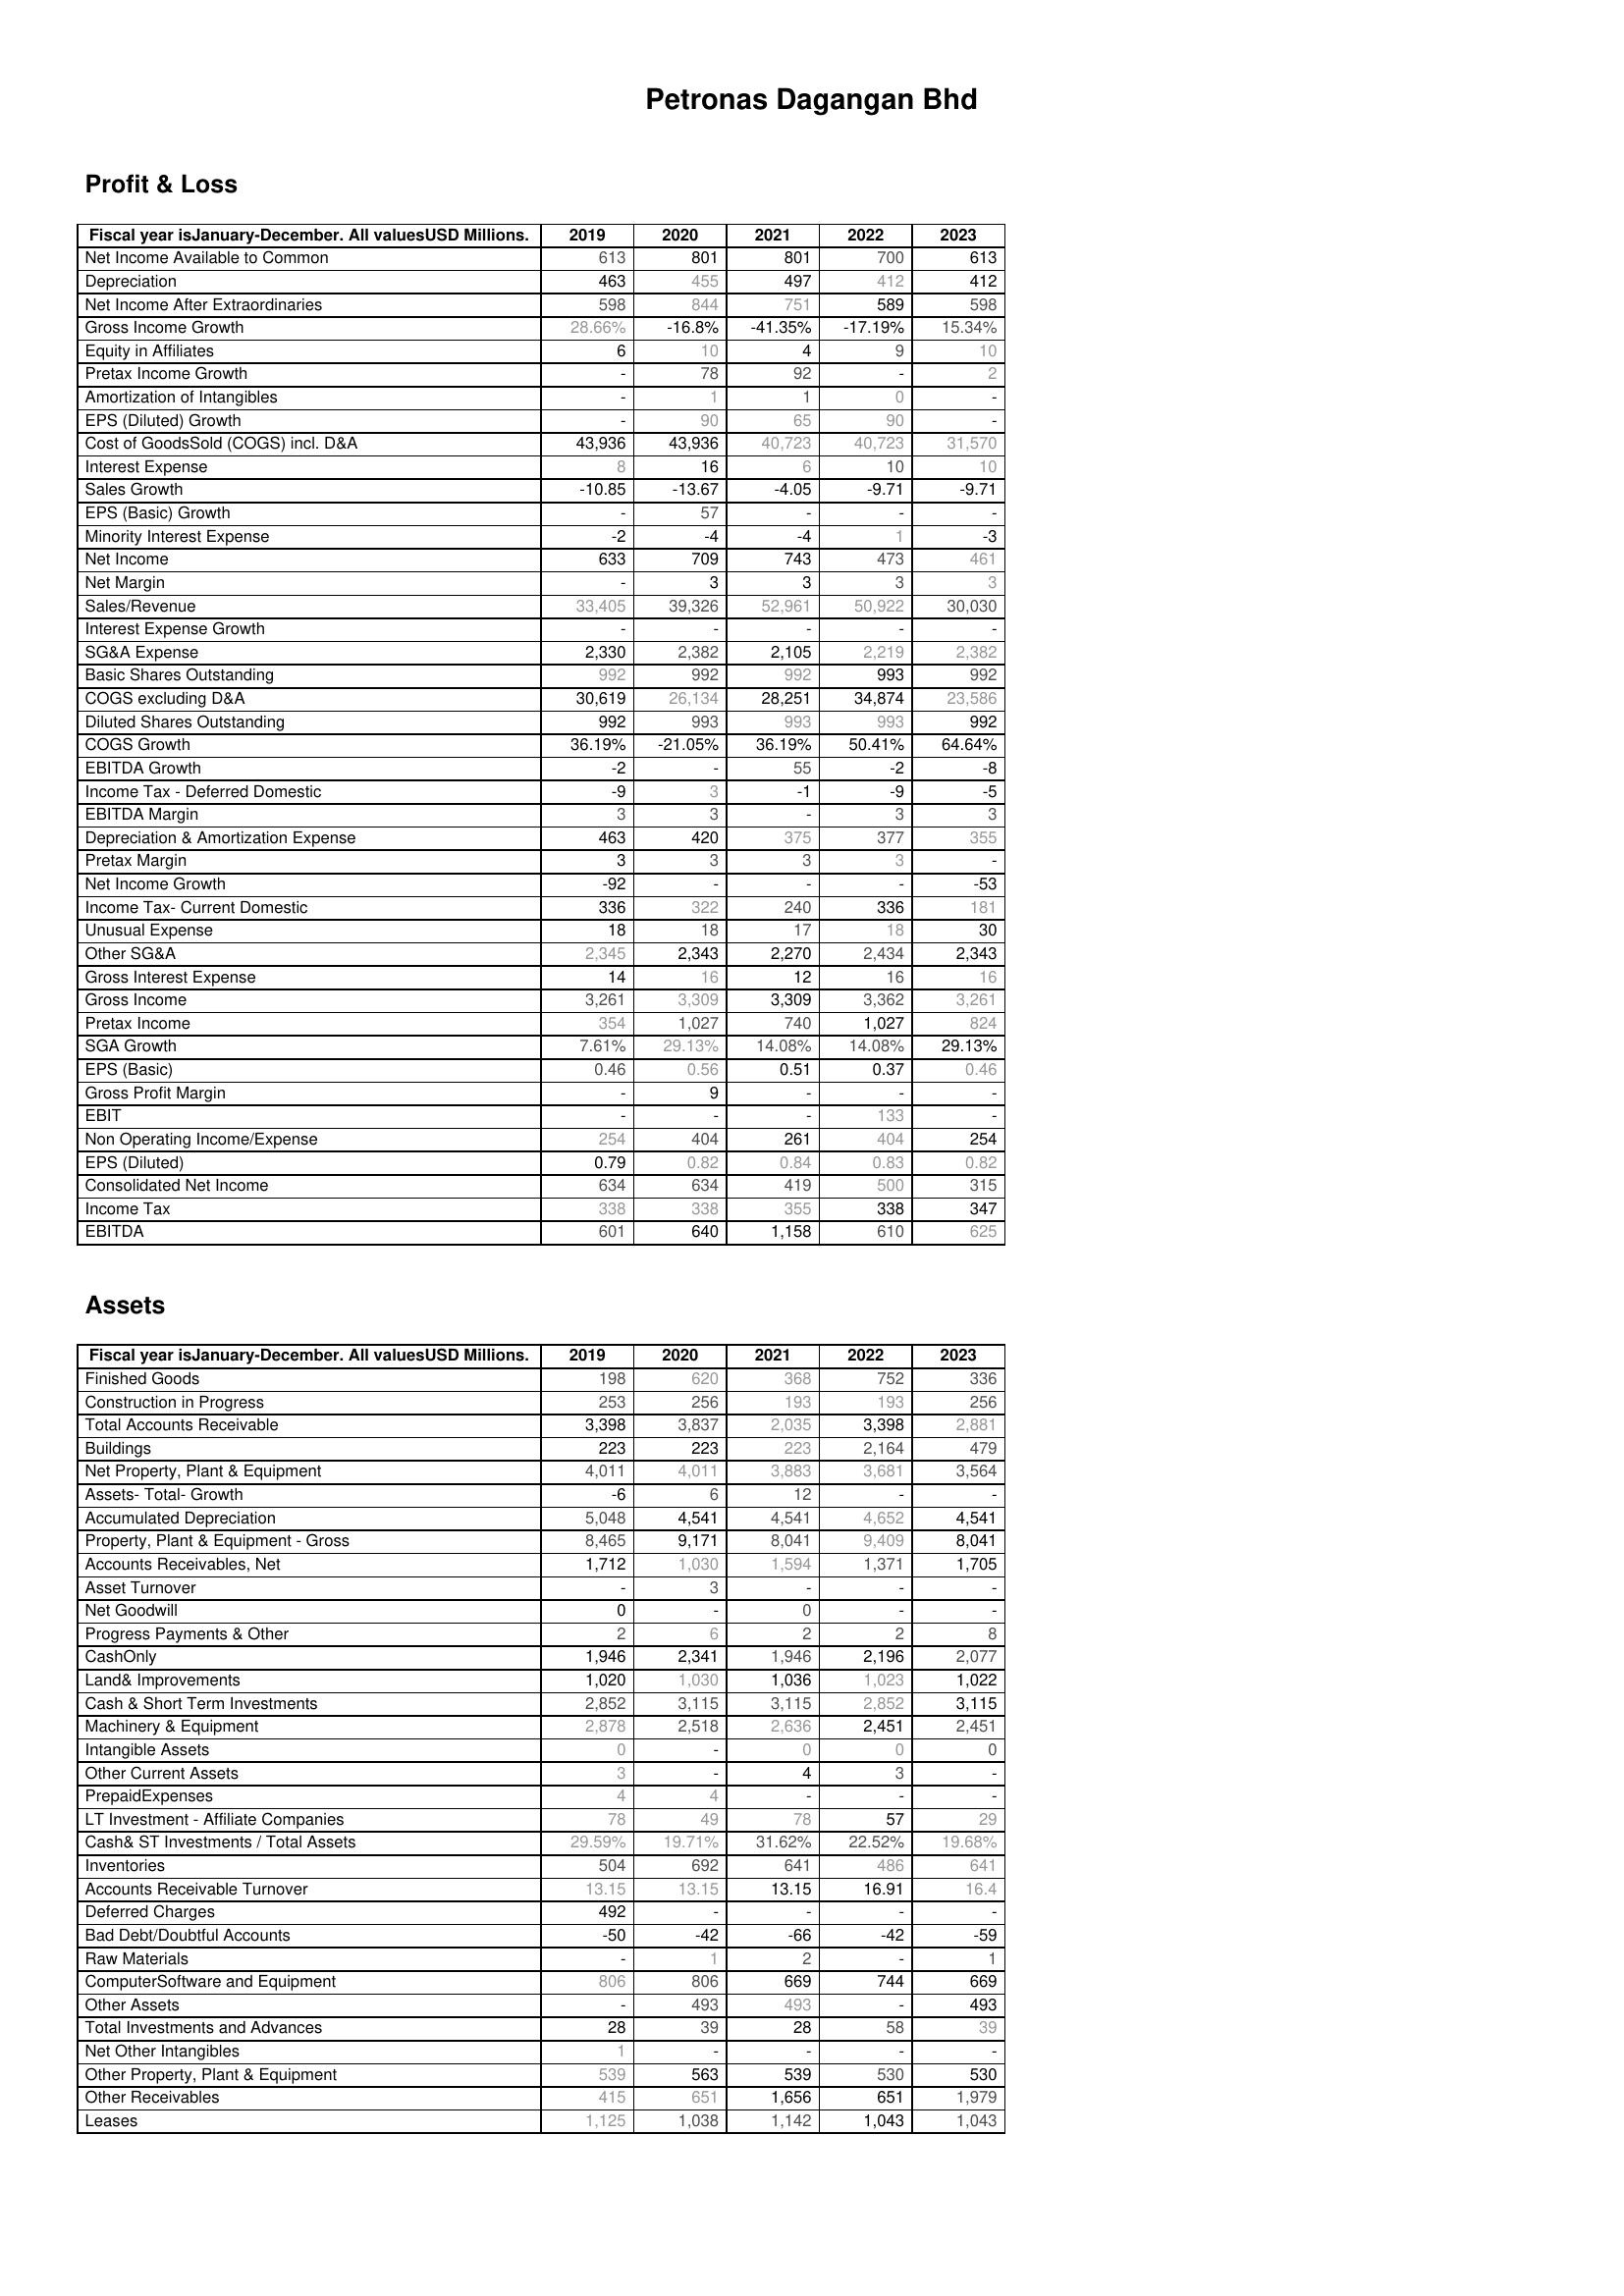
2019: Profit & Loss: Net Income Available to Common: 613
Depreciation: 463
Net Income After Extraordinaries: 598
Gross Income Growth: 28.66%
Equity in Affiliates: 6
Pretax Income Growth: -
Amortization of Intangibles: -
EPS (Diluted) Growth: -
Cost of GoodsSold (COGS) incl. D&A: 43,936
Interest Expense: 8
Sales Growth: -10.85
EPS (Basic) Growth: -
Minority Interest Expense: -2
Net Income: 633
Net Margin: -
Sales/Revenue: 33,405
Interest Expense Growth: -
SG&A Expense: 2,330
Basic Shares Outstanding: 992
COGS excluding D&A: 30,619
Diluted Shares Outstanding: 992
COGS Growth: 36.19%
EBITDA Growth: -2
Income Tax - Deferred Domestic: -9
EBITDA Margin: 3
Depreciation & Amortization Expense: 463
Pretax Margin: 3
Net Income Growth: -92
Income Tax- Current Domestic: 336
Unusual Expense: 18
Other SG&A: 2,345
Gross Interest Expense: 14
Gross Income: 3,261
Pretax Income: 354
SGA Growth: 7.61%
EPS (Basic): 0.46
Gross Profit Margin: -
EBIT: -
Non Operating Income/Expense: 254
EPS (Diluted): 0.79
Consolidated Net Income: 634
Income Tax: 338
EBITDA: 601
Assets: Finished Goods: 198
Construction in Progress: 253
Total Accounts Receivable: 3,398
Buildings: 223
Net Property, Plant & Equipment: 4,011
Assets- Total- Growth: -6
Accumulated Depreciation: 5,048
Property, Plant & Equipment - Gross : 8,465
Accounts Receivables, Net: 1,712
Asset Turnover: -
Net Goodwill: 0
Progress Payments & Other: 2
CashOnly: 1,946
Land& Improvements: 1,020
Cash & Short Term Investments: 2,852
Machinery & Equipment: 2,878
Intangible Assets: 0
Other Current Assets: 3
PrepaidExpenses: 4
LT Investment - Affiliate Companies: 78
Cash& ST Investments / Total Assets: 29.59%
Inventories: 504
Accounts Receivable Turnover: 13.15
Deferred Charges: 492
Bad Debt/Doubtful Accounts: -50
Raw Materials: -
ComputerSoftware and Equipment: 806
Other Assets: -
Total Investments and Advances: 28
Net Other Intangibles: 1
Other Property, Plant & Equipment: 539
Other Receivables: 415
Leases: 1,125
2020: Profit & Loss: Net Income Available to Common: 801
Depreciation: 455
Net Income After Extraordinaries: 844
Gross Income Growth: -16.8%
Equity in Affiliates: 10
Pretax Income Growth: 78
Amortization of Intangibles: 1
EPS (Diluted) Growth: 90
Cost of GoodsSold (COGS) incl. D&A: 43,936
Interest Expense: 16
Sales Growth: -13.67
EPS (Basic) Growth: 57
Minority Interest Expense: -4
Net Income: 709
Net Margin: 3
Sales/Revenue: 39,326
Interest Expense Growth: -
SG&A Expense: 2,382
Basic Shares Outstanding: 992
COGS excluding D&A: 26,134
Diluted Shares Outstanding: 993
COGS Growth: -21.05%
EBITDA Growth: -
Income Tax - Deferred Domestic: 3
EBITDA Margin: 3
Depreciation & Amortization Expense: 420
Pretax Margin: 3
Net Income Growth: -
Income Tax- Current Domestic: 322
Unusual Expense: 18
Other SG&A: 2,343
Gross Interest Expense: 16
Gross Income: 3,309
Pretax Income: 1,027
SGA Growth: 29.13%
EPS (Basic): 0.56
Gross Profit Margin: 9
EBIT: -
Non Operating Income/Expense: 404
EPS (Diluted): 0.82
Consolidated Net Income: 634
Income Tax: 338
EBITDA: 640
Assets: Finished Goods: 620
Construction in Progress: 256
Total Accounts Receivable: 3,837
Buildings: 223
Net Property, Plant & Equipment: 4,011
Assets- Total- Growth: 6
Accumulated Depreciation: 4,541
Property, Plant & Equipment - Gross : 9,171
Accounts Receivables, Net: 1,030
Asset Turnover: 3
Net Goodwill: -
Progress Payments & Other: 6
CashOnly: 2,341
Land& Improvements: 1,030
Cash & Short Term Investments: 3,115
Machinery & Equipment: 2,518
Intangible Assets: -
Other Current Assets: -
PrepaidExpenses: 4
LT Investment - Affiliate Companies: 49
Cash& ST Investments / Total Assets: 19.71%
Inventories: 692
Accounts Receivable Turnover: 13.15
Deferred Charges: -
Bad Debt/Doubtful Accounts: -42
Raw Materials: 1
ComputerSoftware and Equipment: 806
Other Assets: 493
Total Investments and Advances: 39
Net Other Intangibles: -
Other Property, Plant & Equipment: 563
Other Receivables: 651
Leases: 1,038
2021: Profit & Loss: Net Income Available to Common: 801
Depreciation: 497
Net Income After Extraordinaries: 751
Gross Income Growth: -41.35%
Equity in Affiliates: 4
Pretax Income Growth: 92
Amortization of Intangibles: 1
EPS (Diluted) Growth: 65
Cost of GoodsSold (COGS) incl. D&A: 40,723
Interest Expense: 6
Sales Growth: -4.05
EPS (Basic) Growth: -
Minority Interest Expense: -4
Net Income: 743
Net Margin: 3
Sales/Revenue: 52,961
Interest Expense Growth: -
SG&A Expense: 2,105
Basic Shares Outstanding: 992
COGS excluding D&A: 28,251
Diluted Shares Outstanding: 993
COGS Growth: 36.19%
EBITDA Growth: 55
Income Tax - Deferred Domestic: -1
EBITDA Margin: -
Depreciation & Amortization Expense: 375
Pretax Margin: 3
Net Income Growth: -
Income Tax- Current Domestic: 240
Unusual Expense: 17
Other SG&A: 2,270
Gross Interest Expense: 12
Gross Income: 3,309
Pretax Income: 740
SGA Growth: 14.08%
EPS (Basic): 0.51
Gross Profit Margin: -
EBIT: -
Non Operating Income/Expense: 261
EPS (Diluted): 0.84
Consolidated Net Income: 419
Income Tax: 355
EBITDA: 1,158
Assets: Finished Goods: 368
Construction in Progress: 193
Total Accounts Receivable: 2,035
Buildings: 223
Net Property, Plant & Equipment: 3,883
Assets- Total- Growth: 12
Accumulated Depreciation: 4,541
Property, Plant & Equipment - Gross : 8,041
Accounts Receivables, Net: 1,594
Asset Turnover: -
Net Goodwill: 0
Progress Payments & Other: 2
CashOnly: 1,946
Land& Improvements: 1,036
Cash & Short Term Investments: 3,115
Machinery & Equipment: 2,636
Intangible Assets: 0
Other Current Assets: 4
PrepaidExpenses: -
LT Investment - Affiliate Companies: 78
Cash& ST Investments / Total Assets: 31.62%
Inventories: 641
Accounts Receivable Turnover: 13.15
Deferred Charges: -
Bad Debt/Doubtful Accounts: -66
Raw Materials: 2
ComputerSoftware and Equipment: 669
Other Assets: 493
Total Investments and Advances: 28
Net Other Intangibles: -
Other Property, Plant & Equipment: 539
Other Receivables: 1,656
Leases: 1,142
2022: Profit & Loss: Net Income Available to Common: 700
Depreciation: 412
Net Income After Extraordinaries: 589
Gross Income Growth: -17.19%
Equity in Affiliates: 9
Pretax Income Growth: -
Amortization of Intangibles: 0
EPS (Diluted) Growth: 90
Cost of GoodsSold (COGS) incl. D&A: 40,723
Interest Expense: 10
Sales Growth: -9.71
EPS (Basic) Growth: -
Minority Interest Expense: 1
Net Income: 473
Net Margin: 3
Sales/Revenue: 50,922
Interest Expense Growth: -
SG&A Expense: 2,219
Basic Shares Outstanding: 993
COGS excluding D&A: 34,874
Diluted Shares Outstanding: 993
COGS Growth: 50.41%
EBITDA Growth: -2
Income Tax - Deferred Domestic: -9
EBITDA Margin: 3
Depreciation & Amortization Expense: 377
Pretax Margin: 3
Net Income Growth: -
Income Tax- Current Domestic: 336
Unusual Expense: 18
Other SG&A: 2,434
Gross Interest Expense: 16
Gross Income: 3,362
Pretax Income: 1,027
SGA Growth: 14.08%
EPS (Basic): 0.37
Gross Profit Margin: -
EBIT: 133
Non Operating Income/Expense: 404
EPS (Diluted): 0.83
Consolidated Net Income: 500
Income Tax: 338
EBITDA: 610
Assets: Finished Goods: 752
Construction in Progress: 193
Total Accounts Receivable: 3,398
Buildings: 2,164
Net Property, Plant & Equipment: 3,681
Assets- Total- Growth: -
Accumulated Depreciation: 4,652
Property, Plant & Equipment - Gross : 9,409
Accounts Receivables, Net: 1,371
Asset Turnover: -
Net Goodwill: -
Progress Payments & Other: 2
CashOnly: 2,196
Land& Improvements: 1,023
Cash & Short Term Investments: 2,852
Machinery & Equipment: 2,451
Intangible Assets: 0
Other Current Assets: 3
PrepaidExpenses: -
LT Investment - Affiliate Companies: 57
Cash& ST Investments / Total Assets: 22.52%
Inventories: 486
Accounts Receivable Turnover: 16.91
Deferred Charges: -
Bad Debt/Doubtful Accounts: -42
Raw Materials: -
ComputerSoftware and Equipment: 744
Other Assets: -
Total Investments and Advances: 58
Net Other Intangibles: -
Other Property, Plant & Equipment: 530
Other Receivables: 651
Leases: 1,043
2023: Profit & Loss: Net Income Available to Common: 613
Depreciation: 412
Net Income After Extraordinaries: 598
Gross Income Growth: 15.34%
Equity in Affiliates: 10
Pretax Income Growth: 2
Amortization of Intangibles: -
EPS (Diluted) Growth: -
Cost of GoodsSold (COGS) incl. D&A: 31,570
Interest Expense: 10
Sales Growth: -9.71
EPS (Basic) Growth: -
Minority Interest Expense: -3
Net Income: 461
Net Margin: 3
Sales/Revenue: 30,030
Interest Expense Growth: -
SG&A Expense: 2,382
Basic Shares Outstanding: 992
COGS excluding D&A: 23,586
Diluted Shares Outstanding: 992
COGS Growth: 64.64%
EBITDA Growth: -8
Income Tax - Deferred Domestic: -5
EBITDA Margin: 3
Depreciation & Amortization Expense: 355
Pretax Margin: -
Net Income Growth: -53
Income Tax- Current Domestic: 181
Unusual Expense: 30
Other SG&A: 2,343
Gross Interest Expense: 16
Gross Income: 3,261
Pretax Income: 824
SGA Growth: 29.13%
EPS (Basic): 0.46
Gross Profit Margin: -
EBIT: -
Non Operating Income/Expense: 254
EPS (Diluted): 0.82
Consolidated Net Income: 315
Income Tax: 347
EBITDA: 625
Assets: Finished Goods: 336
Construction in Progress: 256
Total Accounts Receivable: 2,881
Buildings: 479
Net Property, Plant & Equipment: 3,564
Assets- Total- Growth: -
Accumulated Depreciation: 4,541
Property, Plant & Equipment - Gross : 8,041
Accounts Receivables, Net: 1,705
Asset Turnover: -
Net Goodwill: -
Progress Payments & Other: 8
CashOnly: 2,077
Land& Improvements: 1,022
Cash & Short Term Investments: 3,115
Machinery & Equipment: 2,451
Intangible Assets: 0
Other Current Assets: -
PrepaidExpenses: -
LT Investment - Affiliate Companies: 29
Cash& ST Investments / Total Assets: 19.68%
Inventories: 641
Accounts Receivable Turnover: 16.4
Deferred Charges: -
Bad Debt/Doubtful Accounts: -59
Raw Materials: 1
ComputerSoftware and Equipment: 669
Other Assets: 493
Total Investments and Advances: 39
Net Other Intangibles: -
Other Property, Plant & Equipment: 530
Other Receivables: 1,979
Leases: 1,043